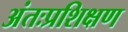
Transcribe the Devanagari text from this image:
अंतःप्रशिक्षण